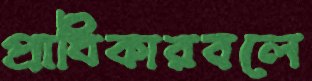
প্রাধিকারবলে